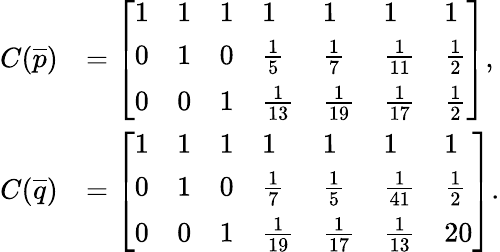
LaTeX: \begin{array}{rl}{C(\overline{{p}})}&{=\left[\begin{array}{lllllll}{1}&{1}&{1}&{1}&{1}&{1}&{1}\\ {0}&{1}&{0}&{\frac{1}{5}}&{\frac{1}{7}}&{\frac{1}{11}}&{\frac{1}{2}}\\ {0}&{0}&{1}&{\frac{1}{13}}&{\frac{1}{19}}&{\frac{1}{17}}&{\frac{1}{2}}\end{array}\right],}\\ {C(\overline{{q}})}&{=\left[\begin{array}{lllllll}{1}&{1}&{1}&{1}&{1}&{1}&{1}\\ {0}&{1}&{0}&{\frac{1}{7}}&{\frac{1}{5}}&{\frac{1}{41}}&{\frac{1}{2}}\\ {0}&{0}&{1}&{\frac{1}{19}}&{\frac{1}{17}}&{\frac{1}{13}}&{20}\end{array}\right].}\end{array}